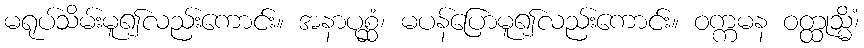
မရုပ်သိမ်းမူ၍လည်းကောင်း။ အနာပုစ္ဆံ၊ မပန်ပြောမူ၍လည်းကောင်း။ ဝက္ကမန ဝတ္ထုသ္မိံ၊